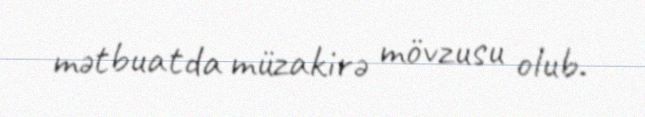
mətbuatda müzakirə mövzusu olub.